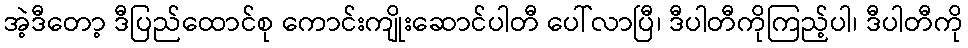
အဲ့ဒီတော့ ဒီပြည်ထောင်စု ကောင်းကျိုးဆောင်ပါတီ ပေါ်လာပြီ၊ ဒီပါတီကိုကြည့်ပါ၊ ဒီပါတီကို